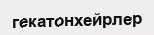
гекатонхейрлер